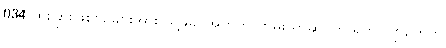
034 ထူးခြားဖြစ်စဉ်များအား သူ့ဖခင်အတွက် ကွမ်းယာဆိုင်ကို ရိုဟင်ဂျာတွေကို